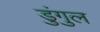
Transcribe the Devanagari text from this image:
डुंगुल